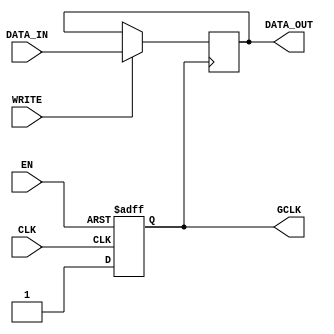
module dynamic_clock_gating (
    input wire CLK,          // Primary clock signal
    input wire EN,           // Enable signal (generated based on activity)
    input wire [7:0] DATA_IN, // Data input for memory block
    input wire WRITE,        // Write control signal
    output wire [7:0] DATA_OUT, // Data output from memory block
    output wire GCLK        // Gated clock output
);

    // Gating Logic: Generate GCLK based on the enable signal
    wire EN_INV; 
    assign EN_INV = ~EN; // Inverted enable signal

    // Clock gating using a D flip-flop for synchronization
    reg gated_clk_reg;
    always @(posedge CLK or posedge EN_INV) begin
        if (EN_INV) begin
            gated_clk_reg <= 0; // If disabled, hold the gated clock low
        end else begin
            gated_clk_reg <= 1; // If enabled, allow GCLK to be high
        end
    end
    assign GCLK = gated_clk_reg;

    // Memory Block (simple example: register array)
    reg [7:0] memory [0:15]; // 16 x 8-bit memory

    // Memory Read and Write Logic
    always @(posedge GCLK) begin
        if (WRITE) begin
            // Write Operation
            memory[0] <= DATA_IN; // For simplicity, always writing to address 0
        end
        // Suppose we read from the same address for example
        // A better implementation would typically have address signals.
    end
    
    assign DATA_OUT = memory[0]; // Output data from address 0

endmodule